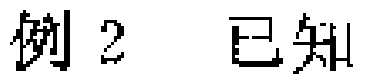
例 2  已知